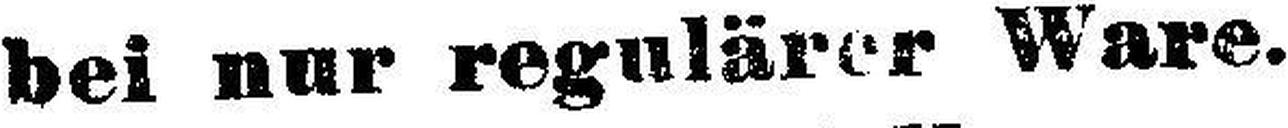
bei nur regulärer Ware.